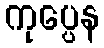
ကုပ္ပေန